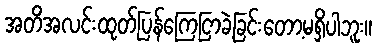
အတိအလင်းထုတ်ပြန်ကြေငြာခဲ့ခြင်းတော့မရှိပါဘူး။